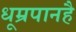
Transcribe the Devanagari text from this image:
धूम्रपानहै